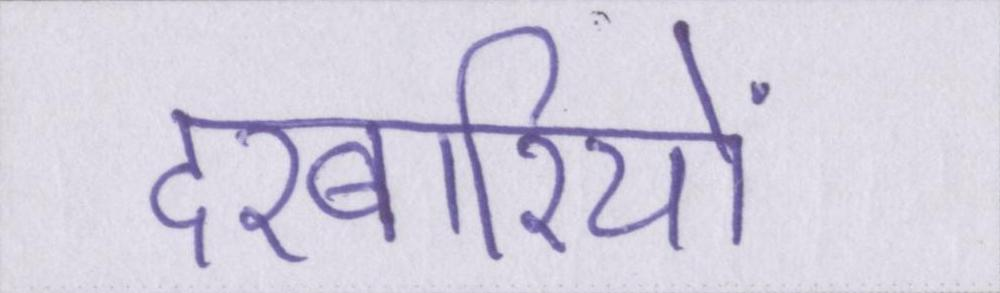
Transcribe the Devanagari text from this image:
दरबारियों